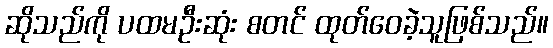
ဆိုသည်ကို ပထမဦးဆုံး စတင် ထုတ်ဝေခဲ့သူဖြစ်သည်။